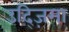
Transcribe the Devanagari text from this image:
उद्ज़िमा